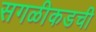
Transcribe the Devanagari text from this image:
सगळीकडची